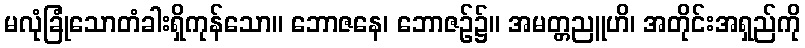
မလုံခြုံသောတံခါးရှိကုန်သော။ ဘောဇနေ၊ ဘောဇဉ်၌။ အမတ္တညူဟိ၊ အတိုင်းအရှည်ကို